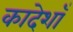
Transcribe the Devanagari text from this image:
कादेशाँ